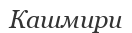
Кашмири